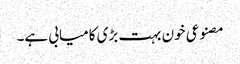
مصنوعی خون بہت بڑی کامیابی ہے۔